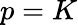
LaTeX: p=K